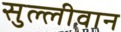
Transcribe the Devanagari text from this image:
सुल्लीवान